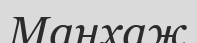
Манхаж